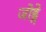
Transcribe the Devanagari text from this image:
जोड्ने